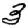
Digit: 3